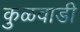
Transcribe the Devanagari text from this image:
कुळवाडी